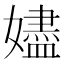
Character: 嬧